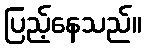
ပြည့်နေသည်။